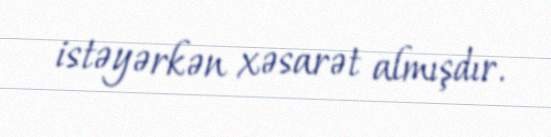
istəyərkən xəsarət almışdır.